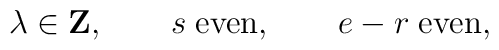
\lambda\in {\bf Z},\qquad s\; {\rm even},\qquad e-r\; {\rm even},